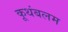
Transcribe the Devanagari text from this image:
कूथंबलम